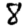
Digit: 8